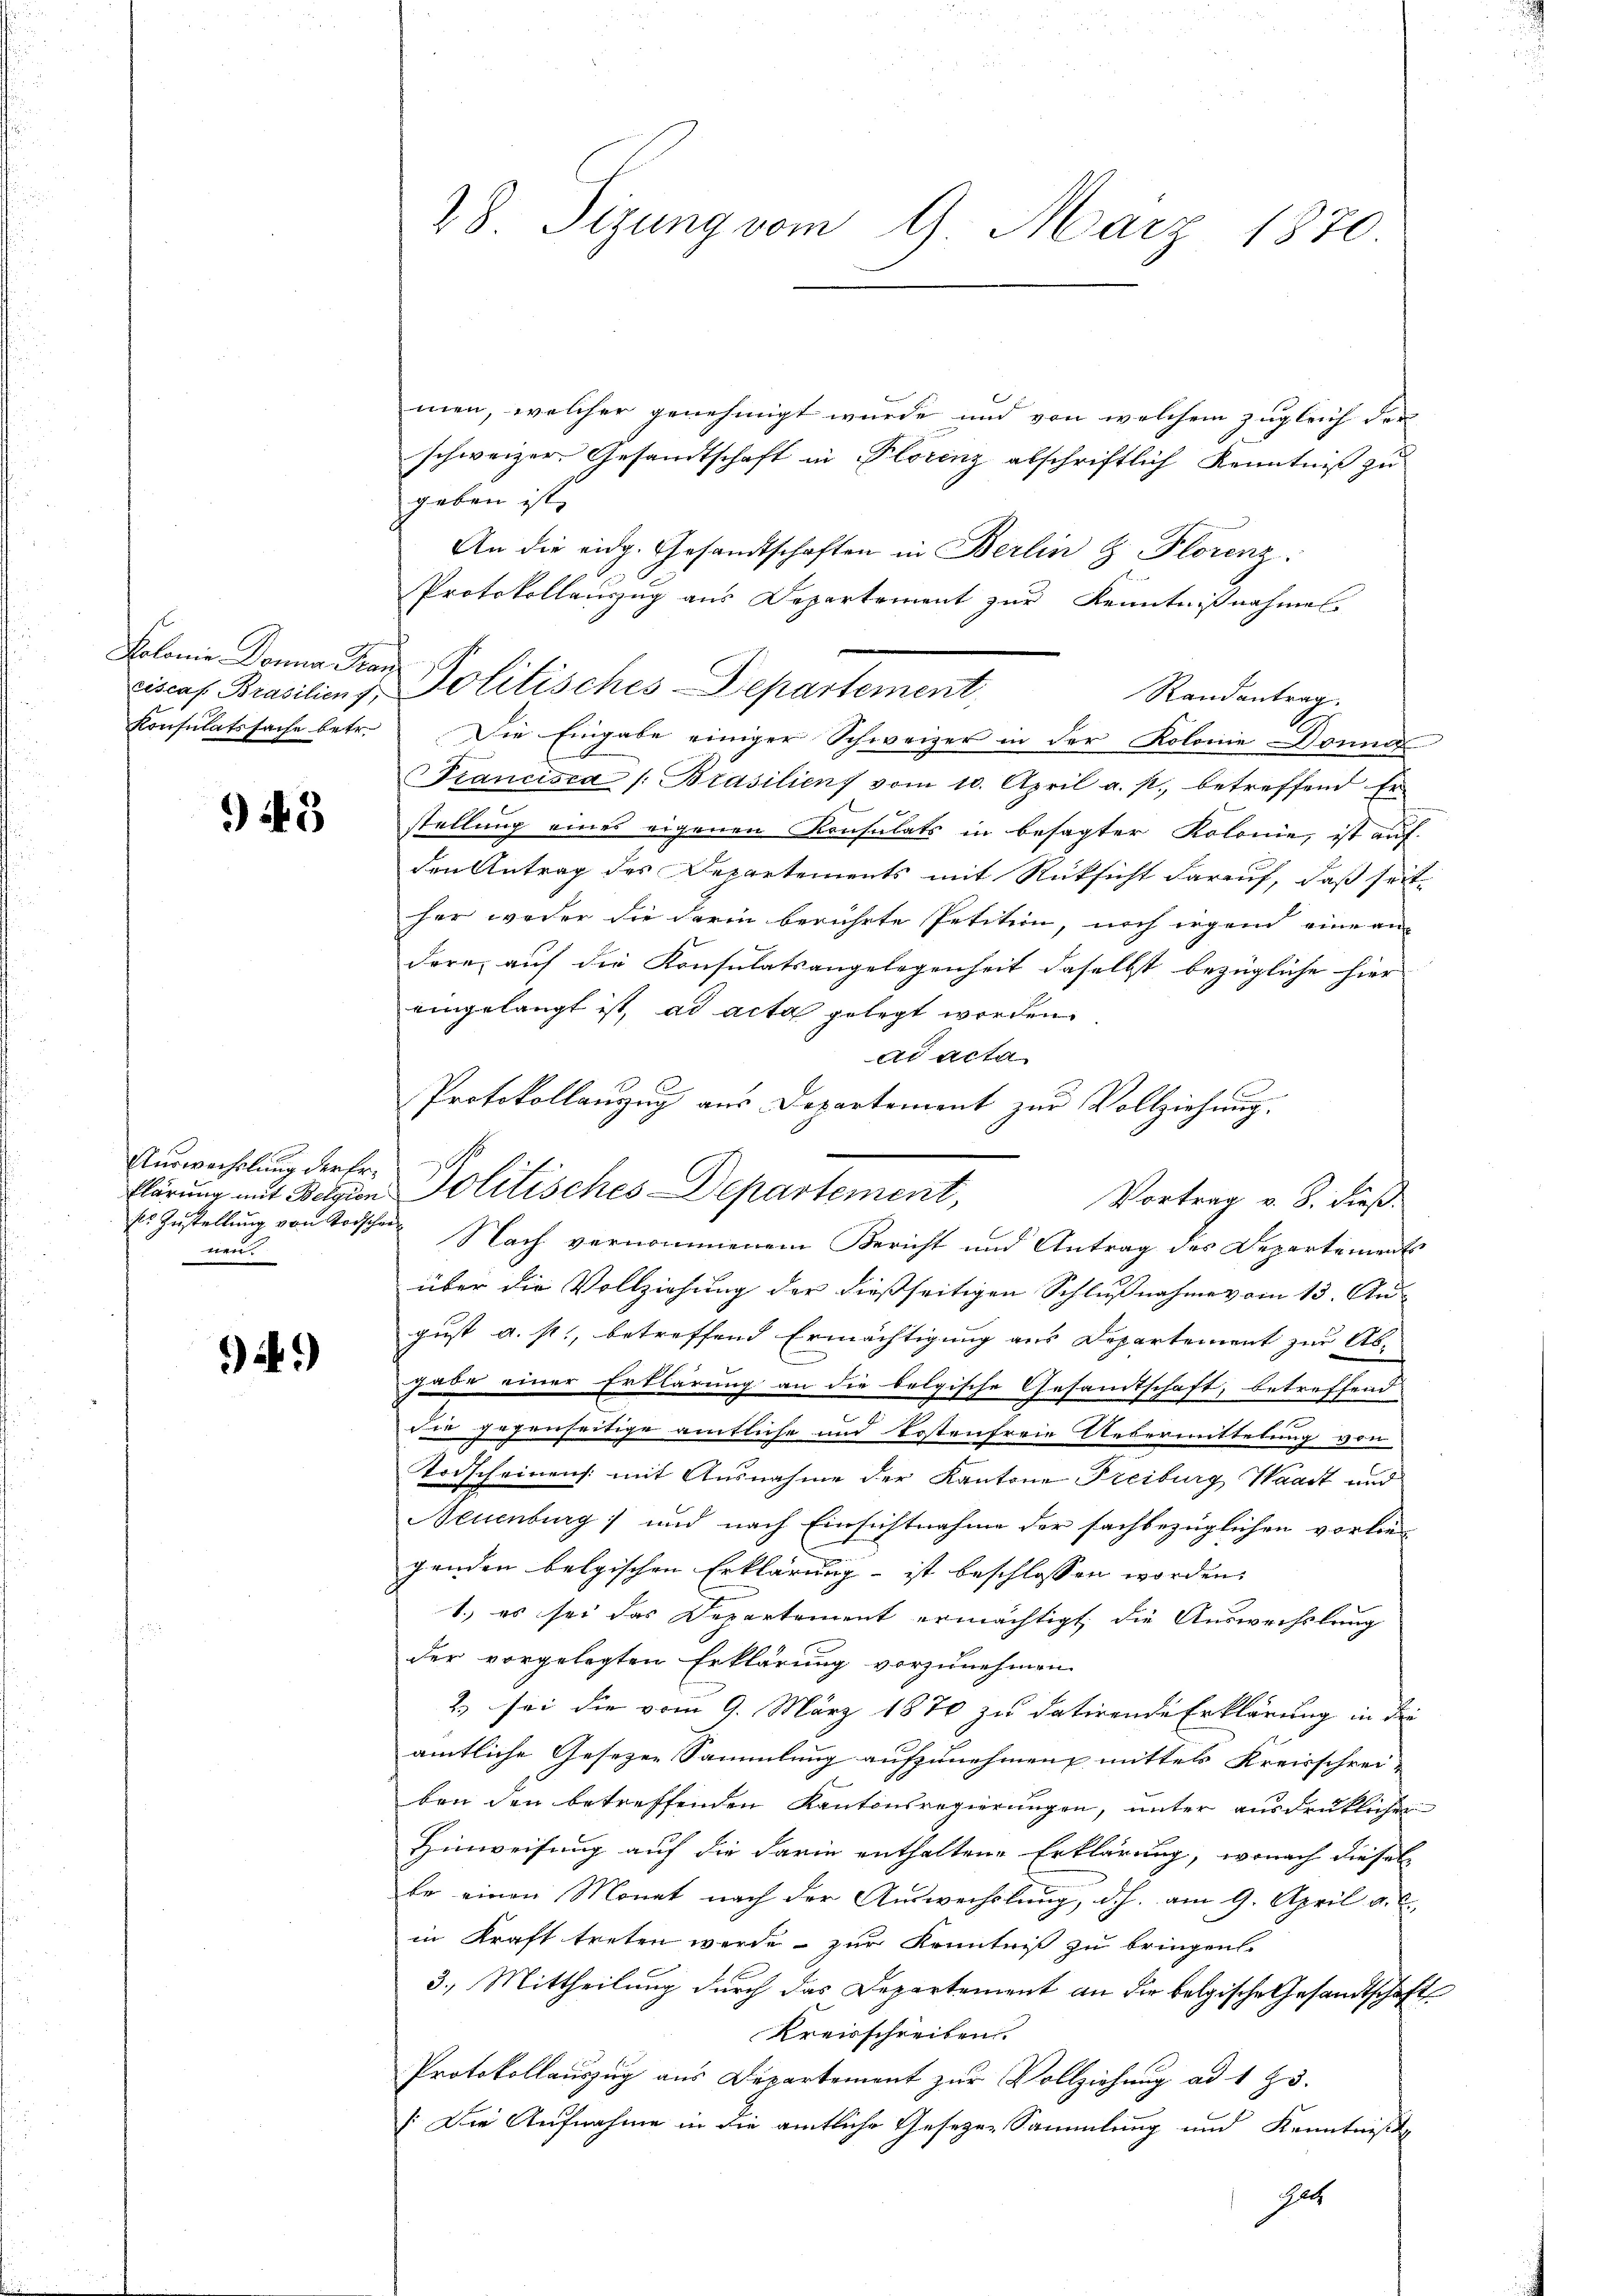
Kolonie Donna Tan

943

Auswechslung der Ersr Zustellung von Todscher
nen.

*)

men, welcher genehmigt wurde und von welchem zugleich der
schweizer Gesandtschaft in Florenz abschriftlich Kenntniß zu
geben ist,
An die eidg. Gesandtschaften in Berlin & Plorenz.
Protokollauszug aus Departement zur Kenntnißnahmes
Randantrag.
Konsulatssache betr. Die Eingabe einiger Schweizer in der Kolonie Donna
Francisca /: Brasilien vom 10. April a. p. betreffend Er
x
stellung eines eigenen Konsulats in besagter Kolonie, ist auf
den Antrag des Departements mit Rücksicht darauf, daß seither weder die darin berührte Petition, noch irgend eine an-
dere, auf die Konsulatsangelegenheit daselbst bezügliche hier
eingelangt ist, ad acta gelegt worden.
ad acta
Protokollanzug aus Departement zur Vollziehung.

28. Sizung vom 9. März 1870.

ciscaf. Brasilios Politisches-Departement,

klärung mit Belgien Politisches Departement,
Vortrag v. 8. dieß

Nach vernommenem Bericht und Antrag des Departements
über die Vollziehung der dießseitigen Schlußnahme vom 13. August a. s., betreffend Ermächtigung aus Departement zur Abgabe einer Erklärung an die bolgische Gesandtschaft, betreffend
die gegenseitige amtliche und kostenfreie Uebermittelung von
Todscheinen mit Ausnahme der Kantone Freiburg Waadt und
Neuenburg und nach Einsichtnahme der sachbezüglichen vorlie-
genden belgischen Erklärung ist beschlossen worden.
1.) es sei das Departement ermächtigt, die Auswechslung
der vorgelegten Erklärung vorzunehmen.
2.) sei die vom 9. März 1870 zu datirende Erklärung in die
amtliche Gesezen Sammlung aufzunehmen, mittels Kreisschrei-
ben den betreffenden Kantonsregierungen, unter ausdrüklichen
Hinweisung auf die darin enthaltene Erklärung, wonach diesel
be einen Monat nach der Auswechslung, d. h. am 9. April a. c.
in Kraft treten werde - zur Kenntniß zu bringen.
3.) Mittheilung durch das Departement an die belgische Gesandtschaft
Kreisschreiben.
Protokollauszug aus Departement zur Vollziehung ad 125.
/:Die Aufnahme in die amtliche Gesezes-Sammlung und Kenntnißg
Gel